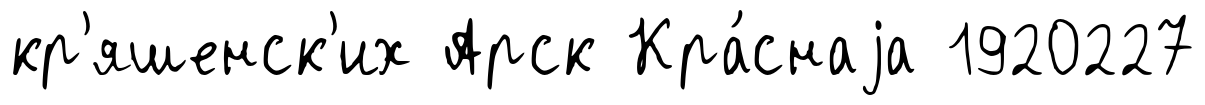
кр'яшенск'их Арск Кра́снаjа 1920227